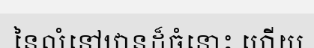
នៃលំនៅឋានដ៏ធំនោះ ហើយ